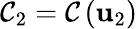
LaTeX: {\cal C}_{2}={\cal C}\left({\mathbf u}_{2}\right)